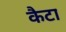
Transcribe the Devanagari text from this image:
कैटा